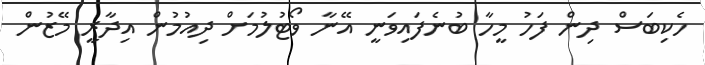
ހެކިބަސް ދިން ފަހު މީހާ ބުނެފައިވަނީ އޭނާ ވޯޓުލުމަށް ދިއުމުން އިދާރީ މޭޒުން